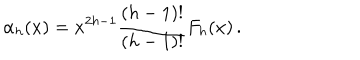
LaTeX: \alpha _ { h } ( x ) = x ^ { 2 h - 1 } { \frac { ( h - 1 ) ! } { ( h - 1 ) ! } } F _ { h } ( x ) \, .